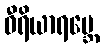
ဝီရိယာရဗ္ဘေ